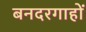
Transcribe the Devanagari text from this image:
बनदरगाहों